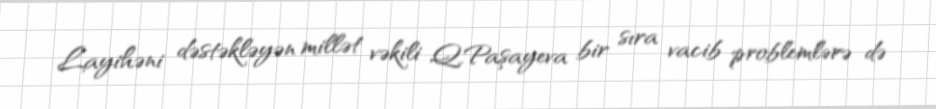
Layihəni dəstəkləyən millət vəkili Q.Paşayeva bir sıra vacib problemlərə də